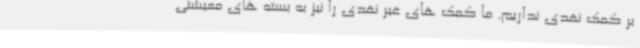
بر کمک نقدی نداریم. ما کمک های غیر نقدی را نیز به بسته های معیشتی